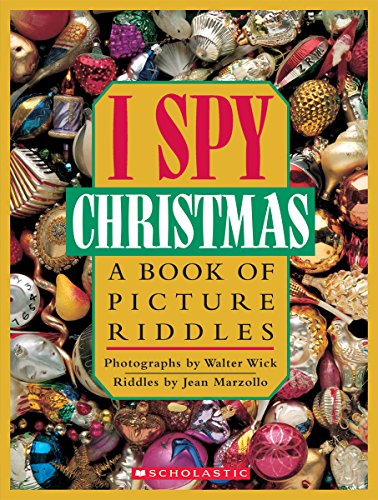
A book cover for I Spy Christmas:  A Book of Picture Riddles; Jean Marzollo; Children's Books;